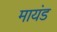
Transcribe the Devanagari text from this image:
मायंड